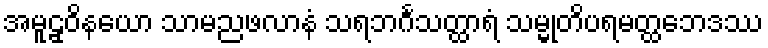
အမူဠှဝိနယော သာမညဖလာနံ သရဘင်္ဂသတ္ထာရံ သမ္မုတိပရမတ္ထဘေဒဿ